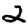
Digit: 2